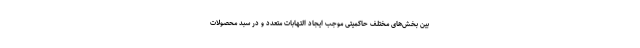
بین بخش‌های مختلف حاکمیتی موجب ایجاد التهابات متعدد و در سبد محصولات